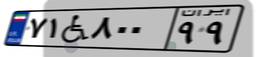
۷۱W۸۰۰۹۹